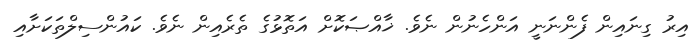
އިރު ގިނައިން ފެންނަނީ އަންހެނުން ނެވެ. ޚާއްޞަކޮށް އަތޮޅުގެ ތެރެއިން ނެވެ. ކައުންސިލްތަކަށާއި